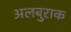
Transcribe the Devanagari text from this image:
अलबुराक